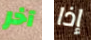
آخر إذا